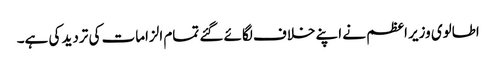
اطالوی وزیر اعظم نے اپنے خلاف لگائے گئے تمام الزامات کی تردید کی ہے۔